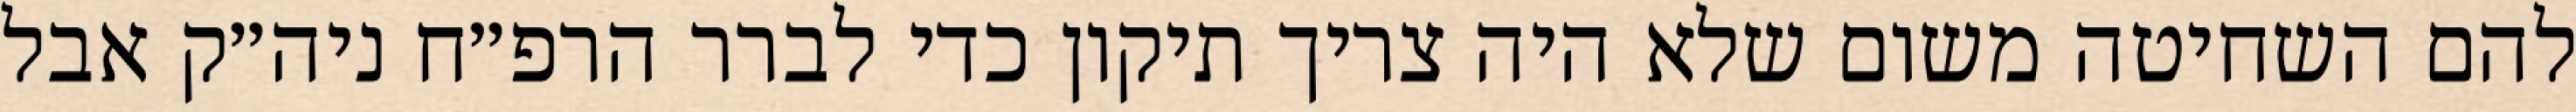
להם השחיטה משום שלא היה צריך תיקון כדי לברר הרפ״ח ניה״ק אבל